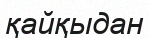
қайқыдан